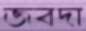
জবদা